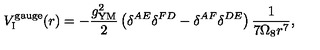
{ V } _ { \mathrm { I } } ^ { \mathrm { g a u g e } } ( r ) = - \frac { g _ { \mathrm { Y M } } ^ { 2 } } { 2 } \left( \delta ^ { A E } \delta ^ { F D } - \delta ^ { A F } \delta ^ { D E } \right) \frac { 1 } { 7 \Omega _ { 8 } r ^ { 7 } } ,